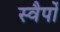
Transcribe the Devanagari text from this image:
स्वैपों